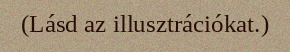
(Lásd az illusztrációkat.)